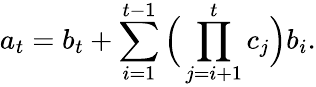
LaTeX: a_{t}=b_{t}+\sum_{i=1}^{t-1}\Big(\prod_{j=i+1}^{t}c_{j}\Big)b_{i}.